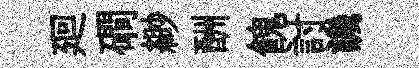
廻磵緲酬餽討譏